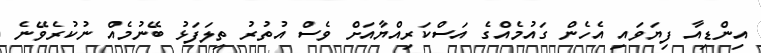
އިންޑިއާ ފިޔަވައި އެހެން ގައުމެއްގެ އަސްކަރިއްޔާއަށް ވެސް އުތުރު ތިލަފަޅު ބޭނުމެއް ނުކުރެވޭނެ